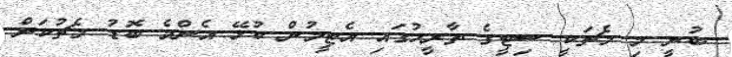
ބުނީ މި މެޗަކީ ސިޓީގެ ތާރީހުގައި އެޓީމުން ކުޅޭ އެންމެ ބޮޑު މެޗުކަން